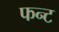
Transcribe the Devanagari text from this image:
फन्ट